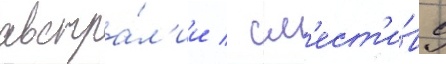
австра́л'ии / см'ест'и́в с